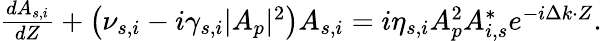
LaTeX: \begin{array}{r}{\frac{dA_{s,i}}{dZ}+\left(\nu_{s,i}-i\gamma_{s,i}|A_{p}|^{2}\right)A_{s,i}=i\eta_{s,i}A_{p}^{2}A_{i,s}^{*}e^{-i\Delta k\cdot Z}.}\end{array}